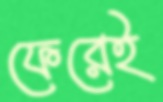
ফেরেই